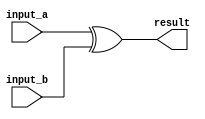
module behavioral_subtractor(
    input [7:0] input_a,
    input [7:0] input_b,
    output reg [7:0] result
);

    assign result = input_a ^ input_b;

endmodule